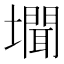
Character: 𭏾